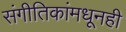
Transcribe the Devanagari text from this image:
संगीतिकांमधूनही